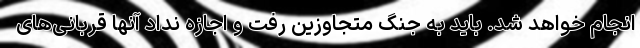
انجام خواهد شد. باید به جنگ متجاوزین رفت و اجازه نداد آنها قربانی‌های